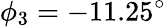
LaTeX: \phi_{3}=-11.25^{\circ}